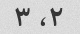
۲، ۳